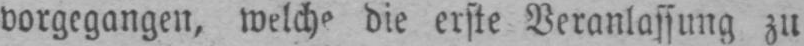
vorgegangen, welche die erste Veranlassung zu